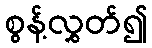
စွန့်လွှတ်၍